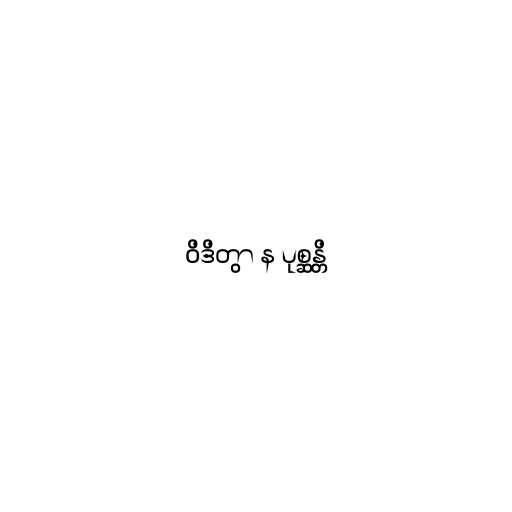
ဝိဒိတွာ န ပုစ္ဆန္တိ